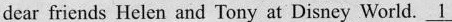
dear firiends Helen and Tony at Disney World. \underline{1}